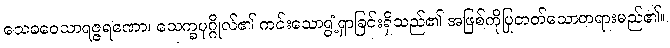
သေခဝေသာရဇ္ဇရဏော၊ သေက္ခပုဂ္ဂိုလ်၏ ကင်းသောရွံ့ရှာခြင်းရှိသည်၏ အဖြစ်ကိုပြုတတ်သောတရားမည်၏။